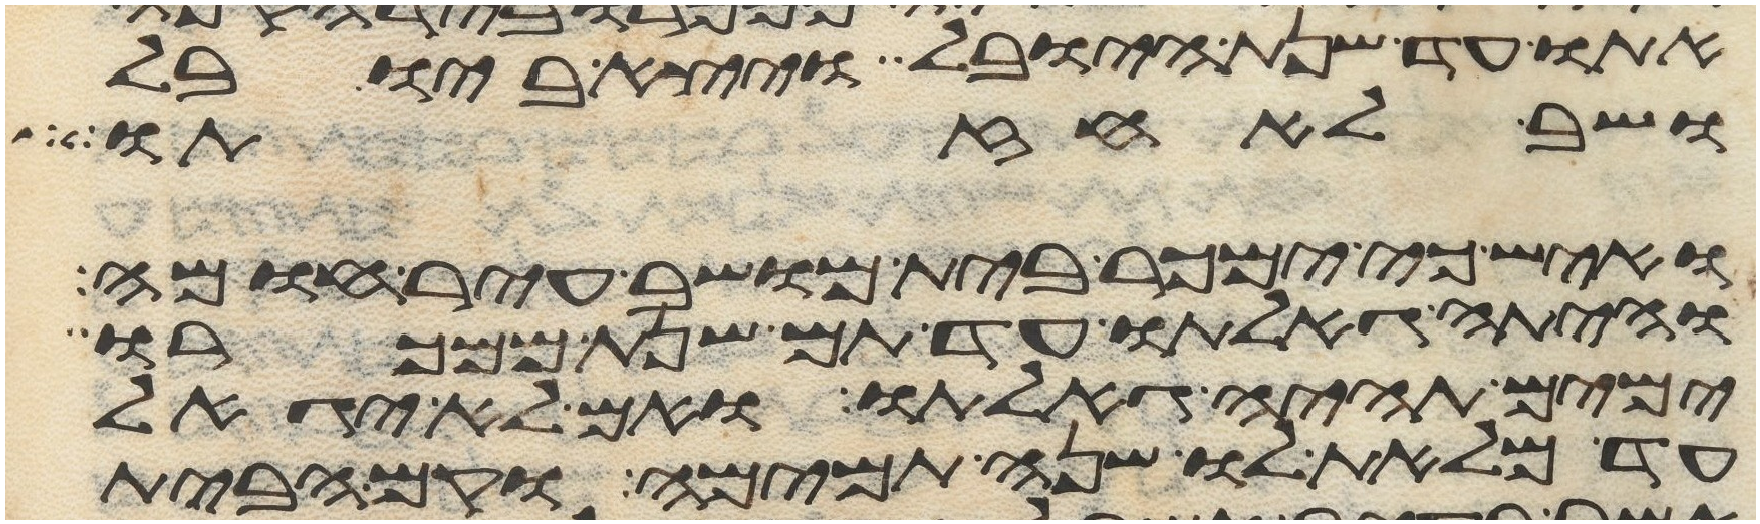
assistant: אתו עד שנת היובל ויצא ביובל
ושב לאחזתו
ואיש כי ימכר בית מושב עיר חומה
והיתה גאלתו עד תם שנת ממכרו
ימים תהיה גאלתו ואם לא יגאל
עד מלאת לו שנה תמימה וקם הבית